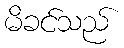
မိခင်သည်